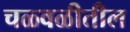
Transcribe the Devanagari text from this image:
चळ्वळीतील